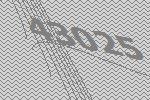
43025